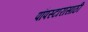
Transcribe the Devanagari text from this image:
पॉपस्टारांसाठी